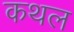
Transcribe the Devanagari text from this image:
कथल